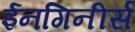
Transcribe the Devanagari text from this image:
ईनगिनीर्स